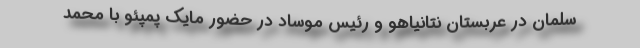
سلمان در عربستان نتانیاهو و رئیس موساد در حضور مایک پمپئو با محمد